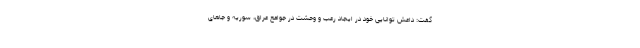
گفت: داعش توانایی خود در ایجاد رعب و وحشت در جوامع عراق، سوریه و جاهای